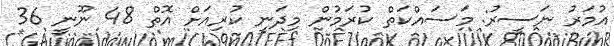
އުމަރު ނަސީރު: މަސައްކަތް ކުރަމުން މިދަނީ ކުރިއަށް އޮތް 48 ނޫނީ 36